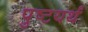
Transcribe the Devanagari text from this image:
पुष्टयर्थं